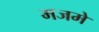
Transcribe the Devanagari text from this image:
मजमे